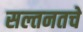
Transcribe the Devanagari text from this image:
सल्तनतचे